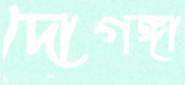
দোগঙ্গা